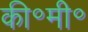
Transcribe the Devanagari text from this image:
की॰मी॰